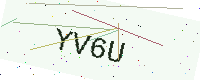
Text: YV6U